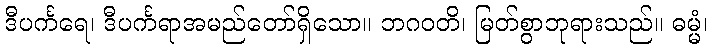
ဒီပင်္ကရေ၊ ဒီပင်္ကရာအမည်တော်ရှိသော။ ဘဂဝတိ၊ မြတ်စွာဘုရားသည်။ ဓမ္မံ၊